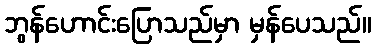
ဘွန်ဟောင်းပြောသည်မှာ မှန်ပေသည်။